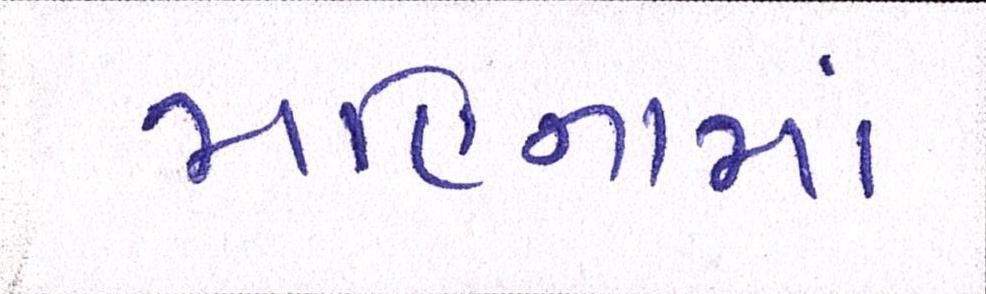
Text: મહિનામાં